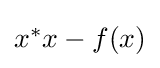
{\textstyle x^{*}x-f(x)}